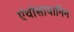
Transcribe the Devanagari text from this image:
एंथोसायानिन